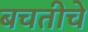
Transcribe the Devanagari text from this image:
बचतीचे